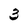
Character: 3